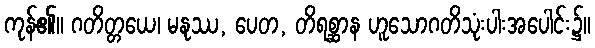
ကုန်၏။ ဂတိတ္တယေ၊ မနုဿ, ပေတ, တိရစ္ဆာန ဟူသောဂတိသုံးပါးအပေါင်း၌။